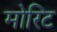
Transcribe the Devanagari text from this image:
मोरिट